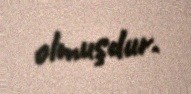
olmuşdur.